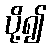
ပို့၍